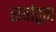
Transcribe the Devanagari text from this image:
सर्वाहून